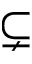
\subsetneq